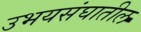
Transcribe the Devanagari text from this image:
उभयसंघातील